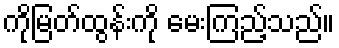
ကိုမြတ်ထွန်းကို မေးကြည့်သည်။